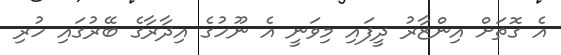
އެ ގޮތަށް އިންޒާރު ދީފައި މިވަނީ އެ ނޫހުގެ އިދާރާގެ ބޭރުގައި ހުރި